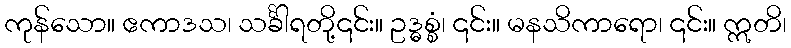
ကုန်သော။ ဧကာဒသ၊ သင်္ခါရတို့၎င်း။ ဥဒ္ဓစ္စံ၊ ၎င်း။ မနသိကာရော၊ ၎င်း။ ဣတိ၊